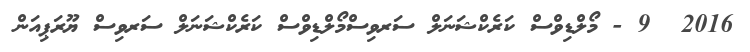
2016  9 - މޯލްޑިވްސް ކަރެކްޝަނަލް ސަރވިސްމޯލްޑިވްސް ކަރެކްޝަނަލް ސަރވިސް ޔޫރަޕިއަން